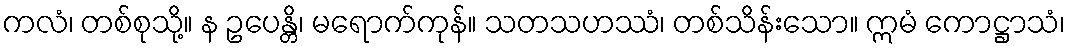
ကလံ၊ တစ်စုသို့။ န ဥပေန္တိ၊ မရောက်ကုန်။ သတသဟဿံ၊ တစ်သိန်းသော။ ဣမံ ကောဋ္ဌာသံ၊